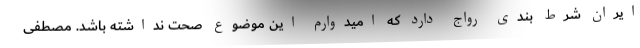
ایران شرط بندی رواج دارد که امیدوارم این موضوع صحت نداشته باشد. مصطفی